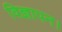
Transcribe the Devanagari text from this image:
विज्ञापन।